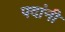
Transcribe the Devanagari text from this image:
पदांनी